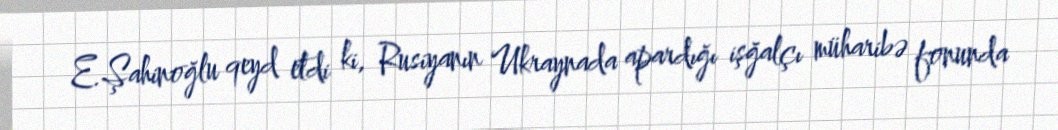
E.Şahinoğlu qeyd etdi ki, Rusiyanın Ukraynada apardığı işğalçı müharibə fonunda